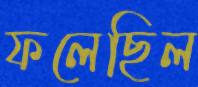
ফলেছিল